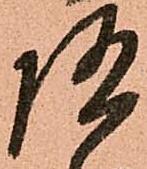
随